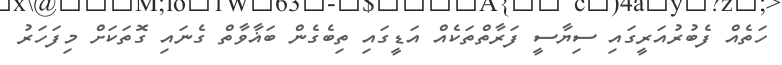
ހަތެއް ފެބުރުއަރީގައި ސިޔާސީ ފަރާތްތަކެއް އަޑީގައި ތިބެގެން ބަޣާވާތް ގެނައި ގޮތަކަށް މިފަހަރު